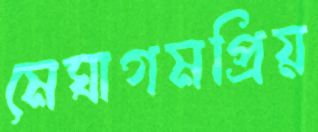
মেঘাগমপ্রিয়